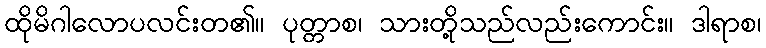
ထိုမိဂါလောပလင်းတ၏။ ပုတ္တာစ၊ သားတို့သည်လည်းကောင်း။ ဒါရာစ၊